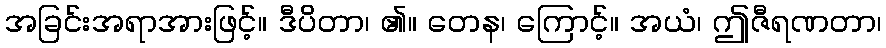
အခြင်းအရာအားဖြင့်။ ဒီပိတာ၊ ၏။ တေန၊ ကြောင့်။ အယံ၊ ဤဇီရဏတာ၊